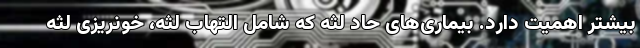
بیشتر اهمیت دارد. بیماری‌های حاد لثه که شامل التهاب لثه، خونریزی لثه